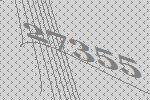
27355